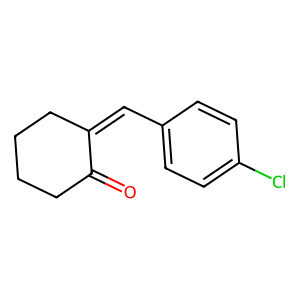
SMILES: O=C1CCCCC1=Cc1ccc(Cl)cc1
Inhibits HIV replication: No